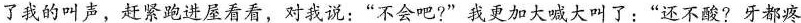
了我的叫声，赶紧跑进屋看看，对我说：”不会吧?”我更加大喊大叫了：”还不酸?牙都疼